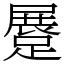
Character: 𨃨